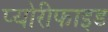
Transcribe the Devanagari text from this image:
प्योरीफाइड